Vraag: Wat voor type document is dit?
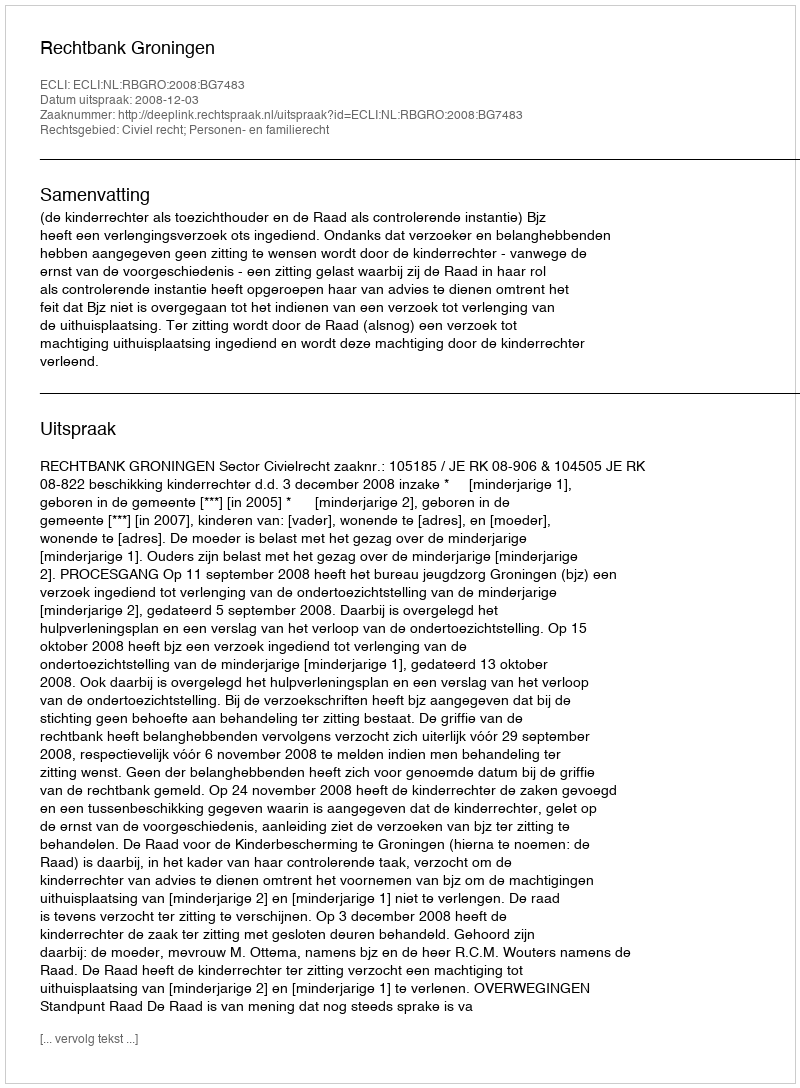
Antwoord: Uitspraak